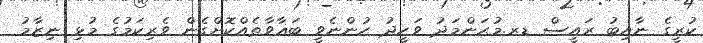
ކުރީގެ ނާއިބު ރައީސް ޑރ.މުޙަންމަދު ވަހީދު ހުންނެވީ ބަޣާވާތެއްކޮށްގެން ވެރިކަމުގެ މުޅި ނިޒާމު